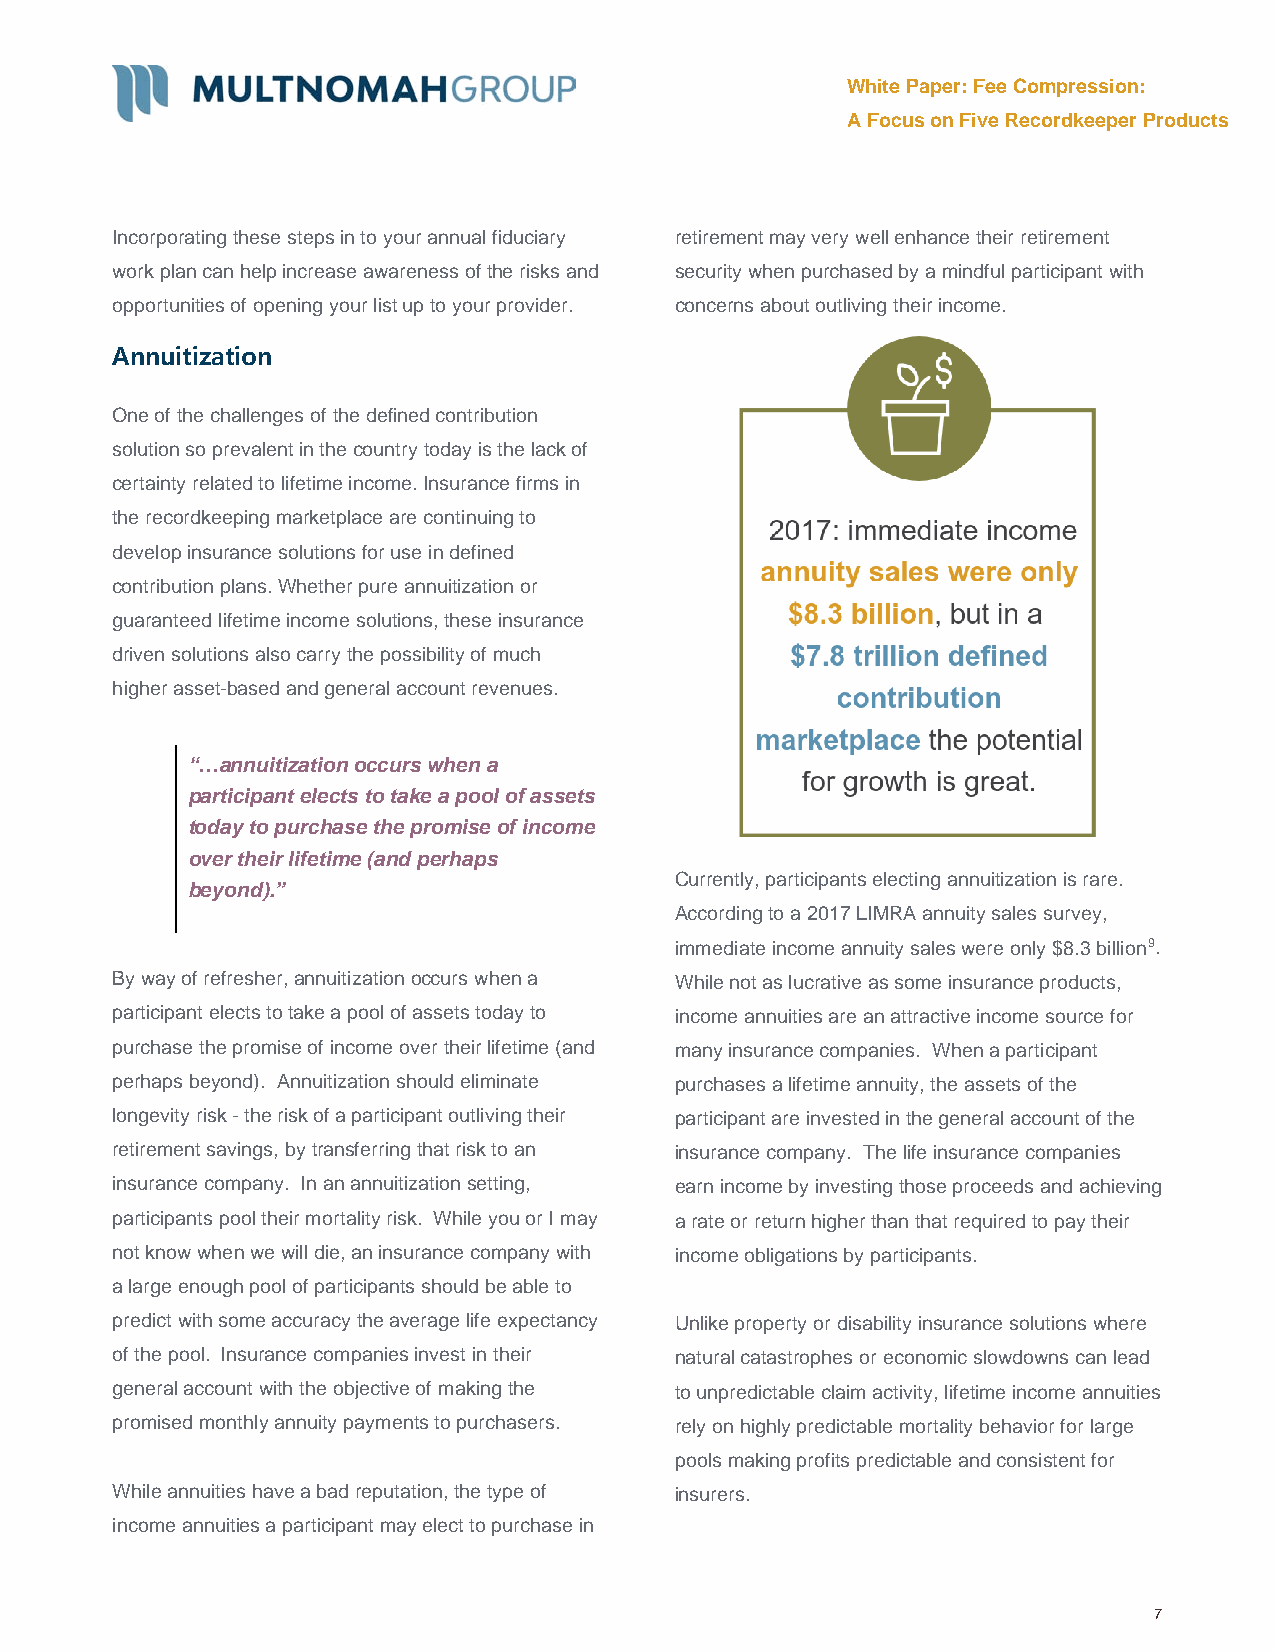
White Paper: Fee Compression:
 A Focus on Five Recordkeeper Products
 Incorporating these steps in to your annual fiduciary retirement may very well enhance their retirement
 work plan can help increase awareness of the risks and security when purchased by a mindful participant with
 opportunities of opening your list up to your provider. concerns about outliving their income.
 Annuitization
 One of the challenges of the defined contribution
 solution so prevalent in the country today is the lack of
 certainty related to lifetime income. Insurance firms in
 the recordkeeping marketplace are continuing to
 develop insurance solutions for use in defined
 contribution plans. Whether pure annuitization or
 guaranteed lifetime income solutions, these insurance
 driven solutions also carry the possibility of much
 higher asset-based and general account revenues.
 “…annuitization occurs when a
 participant elects to take a pool of assets
 today to purchase the promise of income
 over their lifetime (and perhaps
 Currently, participants electing annuitization is rare.
 beyond).”
 According to a 2017 LIMRA annuity sales survey,
 immediate income annuity sales were only $8.3 billion9.
 By way of refresher, annuitization occurs when a While not as lucrative as some insurance products,
 participant elects to take a pool of assets today to income annuities are an attractive income source for
 purchase the promise of income over their lifetime (and many insurance companies. When a participant
 perhaps beyond). Annuitization should eliminate purchases a lifetime annuity, the assets of the
 longevity risk - the risk of a participant outliving their participant are invested in the general account of the
 retirement savings, by transferring that risk to an insurance company. The life insurance companies
 insurance company. In an annuitization setting, earn income by investing those proceeds and achieving
 participants pool their mortality risk. While you or I may a rate or return higher than that required to pay their
 not know when we will die, an insurance company with income obligations by participants.
 a large enough pool of participants should be able to
 predict with some accuracy the average life expectancy Unlike property or disability insurance solutions where
 of the pool. Insurance companies invest in their natural catastrophes or economic slowdowns can lead
 general account with the objective of making the to unpredictable claim activity, lifetime income annuities
 promised monthly annuity payments to purchasers. rely on highly predictable mortality behavior for large
 pools making profits predictable and consistent for
 While annuities have a bad reputation, the type of insurers.
 income annuities a participant may elect to purchase in
 7